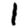
Digit: 1